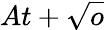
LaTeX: At+\sqrt{o}